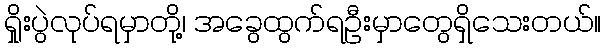
ရှိုးပွဲလုပ်ရမှာတို့၊ အခွေထွက်ရဦးမှာတွေရှိသေးတယ်။